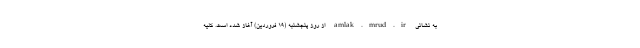
به نشانی amlak.mrud.ir از روز پنجشنبه (۱۹ فروردین) آغاز شده است. کلیه